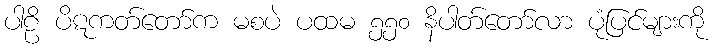
ပါဠိ ပိဋကတ်တော်က မစပဲ ပထမ ၅၅၀ နိပါတ်တော်လာ ပုံပြင်များကို